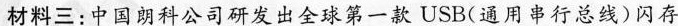
材料三:中国朗科公司研发出全球第一款USB(通用串行总线)闪存